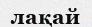
лақай